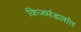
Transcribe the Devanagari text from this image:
किजमंडलांत